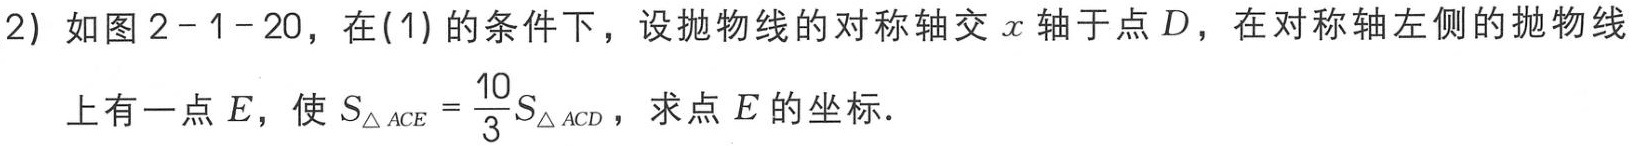
(2) 如图2 - 1 - 20，在(1)的条件下，设抛物线的对称轴交\(x\)轴于点\(D\)，在对称轴左侧的抛物线上有一点\(E\)，使\(S_{\triangle ACE}=\frac{10}{3}S_{\triangle ACD}\)，求点\(E\)的坐标.